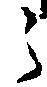
之